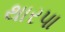
થારપા